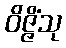
ဝိဇ္ဇိံသု